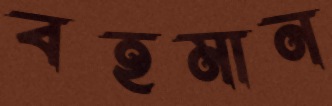
বহমান